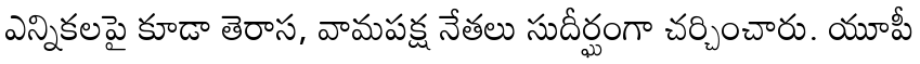
ఎన్నికలపై కూడా తెరాస, వామపక్ష నేతలు సుదీర్ఘంగా చర్చించారు. యూపీ